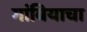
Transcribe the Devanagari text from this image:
गांबियाचा